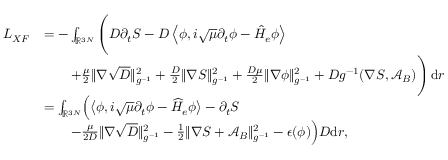
\begin{array} { r l } { L _ { X F } } & { = - \int _ { \ensuremath { \mathbb { R } } ^ { 3 N } } \Bigg ( D \partial _ { t } S - D \left\langle \phi , i \sqrt { \mu } \partial _ { t } \phi - \hat { H } _ { e } \phi \right\rangle } \\ & { \qquad + \frac { \mu } { 2 } \| \nabla \sqrt { D } \| _ { g ^ { - 1 } } ^ { 2 } + \frac { D } { 2 } \| \nabla S \| _ { g ^ { - 1 } } ^ { 2 } + \frac { D \mu } { 2 } \| \nabla \phi \| _ { g ^ { - 1 } } ^ { 2 } + D g ^ { - 1 } ( \nabla S , \mathcal { A } _ { B } ) \Bigg ) \, \mathrm { d } r } \\ & { = \int _ { \ensuremath { \mathbb { R } } ^ { 3 N } } \! \Big ( \big \langle \phi , i \sqrt { \mu } \partial _ { t } \phi - \widehat H _ { e } \phi \big \rangle - \partial _ { t } S } \\ & { \qquad - \frac { \mu } { 2 D } \| \nabla \sqrt { D } \| _ { g ^ { - 1 } } ^ { 2 } - \frac { 1 } { 2 } \| \nabla S + \mathcal { A } _ { B } \| _ { g ^ { - 1 } } ^ { 2 } - \epsilon ( \phi ) \Big ) D \mathrm { d } r , } \end{array}